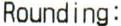
ROUNDING: